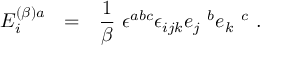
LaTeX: E _ { i } ^ { ( \beta ) a } ~ ~ = ~ ~ \frac { 1 } { \beta } ~ \epsilon ^ { a b c } \epsilon _ { i j k } e _ { j } ~ ^ { b } e _ { k } ~ ^ { c } ~ .